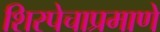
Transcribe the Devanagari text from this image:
शिरपेचाप्रमाणे